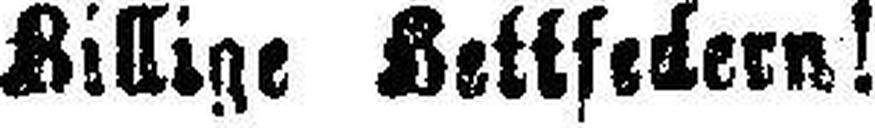
Billige Hettfedern!